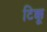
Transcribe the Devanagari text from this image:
टिक्कू